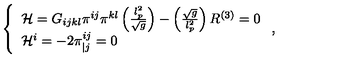
\left\{ \begin{array} { l } { { \cal H } = G _ { i j k l } \pi ^ { i j } \pi ^ { k l } \left( \frac { l _ { p } ^ { 2 } } { \sqrt { g } } \right) - \left( \frac { \sqrt { g } } { l _ { p } ^ { 2 } } \right) R ^ { \left( 3 \right) } = 0 } \\ { { \cal H } ^ { i } = - 2 \pi _ { | j } ^ { i j } = 0 } \\ \end{array} \right. ,